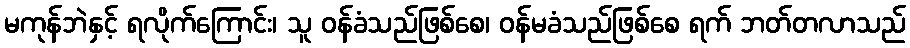
မကုန်ဘဲနှင့် ရလိုက်ကြောင်း၊ သူ ဝန်ခံသည်ဖြစ်စေ၊ ဝန်မခံသည်ဖြစ်စေ ရက် ဘတ်တလာသည်